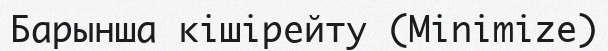
Барынша кішірейту (Minimize)